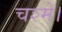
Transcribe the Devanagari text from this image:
चश्मे।